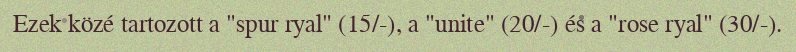
Ezek közé tartozott a "spur ryal" (15/-), a "unite" (20/-) és a "rose ryal" (30/-).